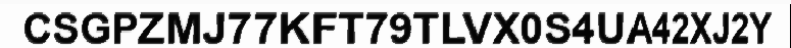
CSGPZMJ77KFT79TLVX0S4UA42XJ2Y